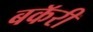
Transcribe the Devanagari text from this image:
बकॅरी